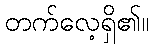
တက်လေ့ရှိ၏။